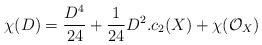
LaTeX: \begin{align*}\chi(D)=\frac{D^4}{24}+\frac{1}{24}D^2.c_2(X)+\chi(\mathcal{O}_X)\end{align*}